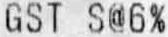
GST S@6%